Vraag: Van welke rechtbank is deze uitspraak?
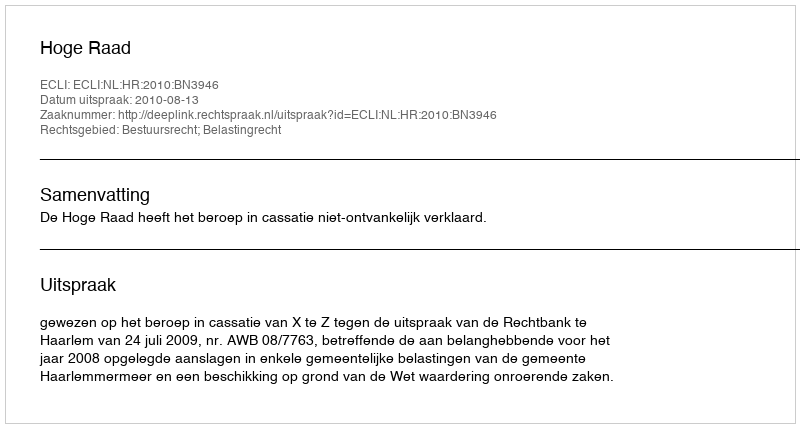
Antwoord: Hoge Raad